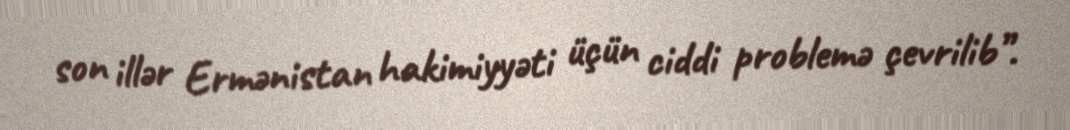
son illər Ermənistan hakimiyyəti üçün ciddi problemə çevrilib”.